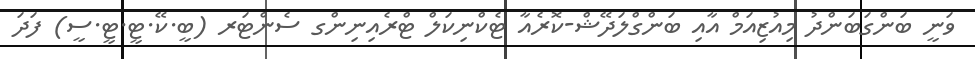
ވަނީ ބަންގަބަންދު މިއުޒިއަމް އާއި ބަންގްލަދޭޝް-ކޮރެއާ ޓެކްނިކަލް ޓްރެއިނިންގ ސެންޓަރ (ބީ.ކޭ.ޓީ.ޓީ.ސީ) ފަދަ